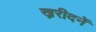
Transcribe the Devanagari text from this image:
ख्ररीदनें